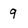
Character: 9